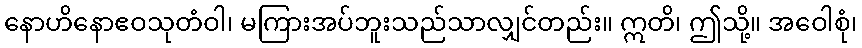
နောဟိနောဧဝသုတံဝါ၊ မကြားအပ်ဘူးသည်သာလျှင်တည်း။ ဣတိ၊ ဤသို့။ အဝေါစုံ၊